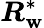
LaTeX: \boldsymbol{R}_{\boldsymbol{\mathbf{w}}}^{*}